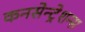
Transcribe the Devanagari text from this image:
कनसेन्ट्रेशन्स